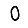
Digit: 0